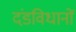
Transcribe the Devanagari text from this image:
दंडविधानों